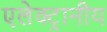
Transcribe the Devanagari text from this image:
एलेक्ट्रानीय